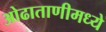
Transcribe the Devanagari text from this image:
ओढाताणीमध्ये